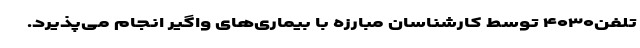
تلفن۴۰۳۰ توسط کارشناسان مبارزه با بیماری‌های واگیر انجام می‌پذیرد.